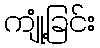
ကျုံ့ခြင်း